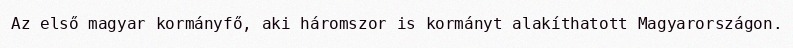
Az első magyar kormányfő, aki háromszor is kormányt alakíthatott Magyarországon.